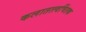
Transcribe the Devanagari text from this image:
कलातत्त्वचिंतक